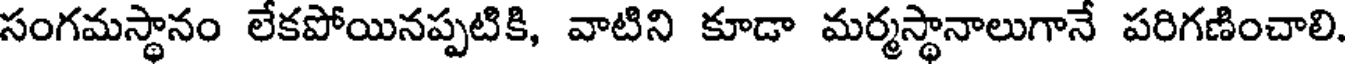
సంగమస్థానం లేకపోయినప్పటికి, వాటిని కూడా మర్మస్థానాలుగానే పరిగణించాలి.